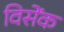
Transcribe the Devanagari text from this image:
विसेंक